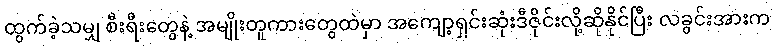
ထွက်ခဲ့သမျှ စီးရီးတွေနဲ့ အမျိုးတူကားတွေထဲမှာ အကျော့ရှင်းဆုံးဒီဇိုင်းလို့ဆိုနိုင်ပြီး လခွင်းအားက